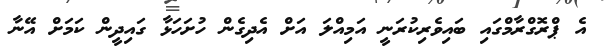
އެ ޕްރޮގްރާމްގައި ބައިވެރިކުރަނީ އަމިއްލަ އަށް އެދިގެން ހުށަހަޅާ ގައިދީން ކަމަށް އޭނާ